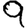
Digit: 9